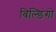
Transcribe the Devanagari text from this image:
बिल्डिंगो